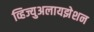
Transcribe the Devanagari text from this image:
व्हिज्युअलायझेशन